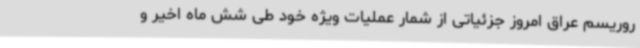
روریسم عراق امروز جزئیاتی از شمار عملیات ویژه خود طی شش ماه اخیر و